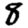
Digit: 8